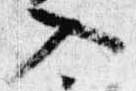
入